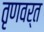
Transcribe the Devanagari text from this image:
तृणवर्त